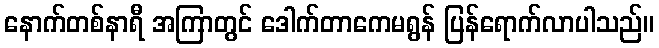
နောက်တစ်နာရီ အကြာတွင် ဒေါက်တာကေမရွန် ပြန်ရောက်လာပါသည်။